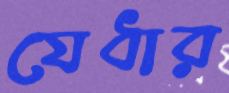
যেধার